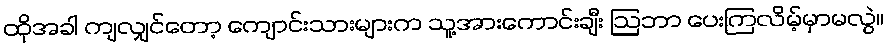
ထိုအခါ ကျလျှင်တော့ ကျောင်းသားများက သူ့အားကောင်းချီး ဩဘာ ပေးကြလိမ့်မှာမလွဲ။